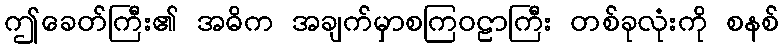
ဤခေတ်ကြီး၏ အဓိက အချက်မှာစကြဝဠာကြီး တစ်ခုလုံးကို စနစ်